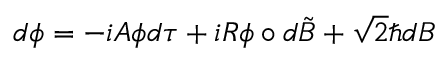
d \phi = - i { \cal A } \phi d \tau + i R \phi \circ d \tilde { B } + \sqrt { 2 } \hbar d B